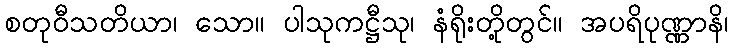
စတုဝီသတိယာ၊ သော။ ပါသုကဋ္ဌီသု၊ နံရိုးတို့တွင်။ အပရိပုဏ္ဏာနိ၊